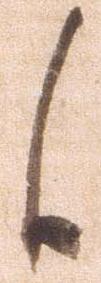
候